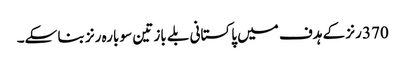
370 رنز کے ہدف میں پاکستانی بلے باز تین سو بارہ رنز بنا سکے۔